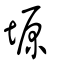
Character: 塬